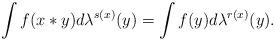
LaTeX: \begin{gather*}\int f(x*y)d\lambda^{s(x)}(y)=\int f(y)d\lambda^{r(x)}(y).\end{gather*}